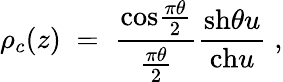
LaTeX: \rho_{c}(z)\; =\; {\frac{\mathrm{cos}{\frac{\pi\theta}{2}}}{\frac{\pi\theta}{2}}}{\frac{\mathrm{sh}\theta u}{\mathrm{ch}u}}\; ,